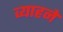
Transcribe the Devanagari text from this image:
व्याहने